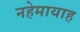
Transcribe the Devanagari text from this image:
नहेमायाह